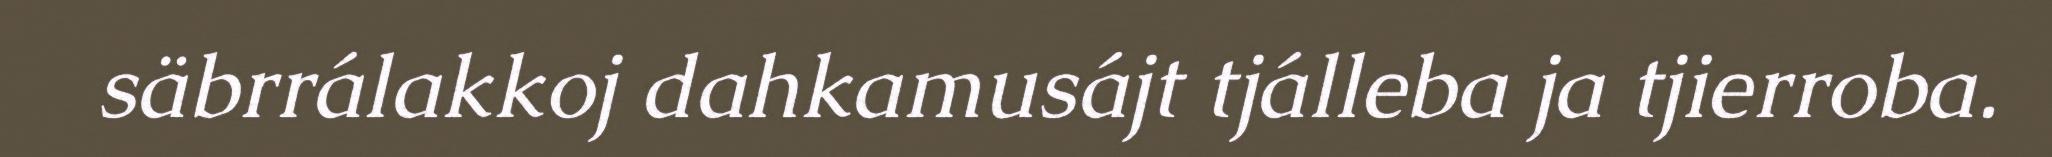
säbrrálakkoj dahkamusájt tjálleba ja tjierroba.